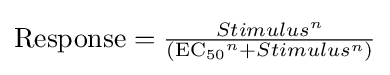
{\textstyle {\mathrm {Response} }={Stimulus^{n} \over ({\mathrm {EC} {\vphantom {A}}_{\smash[{t}]{50}}}^{n}+Stimulus^{n})}}